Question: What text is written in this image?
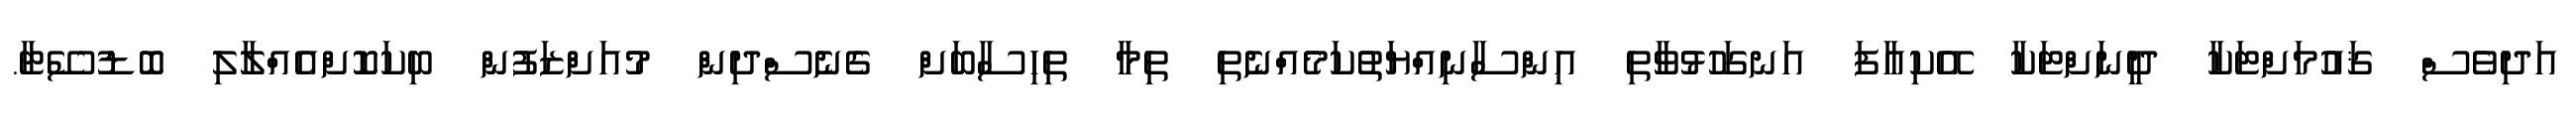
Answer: އަދިވެސް ޤައުމަށްޓަކާ ދީނަށްޓަކާ އޭކިއާފަ އަނގަހުޅުވާތި އިންސާނިއްޔަތުކަމެއްނެތި ތިމާ ތިހިސާބަށް ގެނެސްދިން މުއަށްޒަފުން ބިކަކޮށްއެއްލާލި ބޮޑުސޭޓާ.